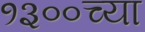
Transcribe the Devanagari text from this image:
१३००च्या